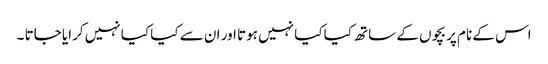
اس کے نام پر بچوں کے ساتھ کیا کیا نہیں ہوتا اور ان سے کیا کیا نہیں کرایا جاتا ۔